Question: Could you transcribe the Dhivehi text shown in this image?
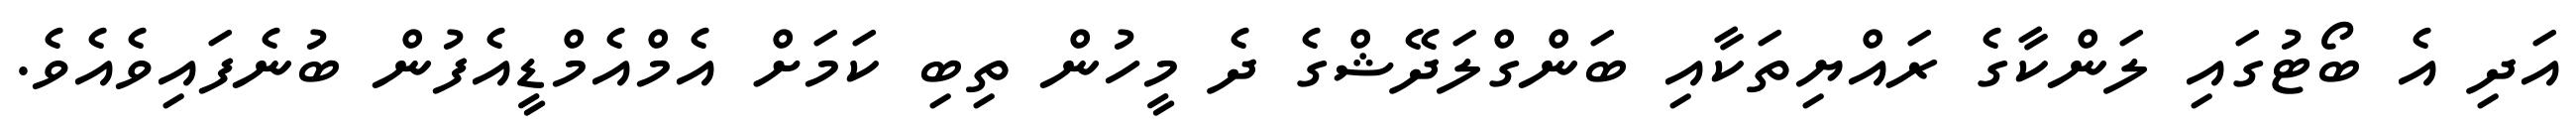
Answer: އަދި އެ ބޯޓުގައި ލަންކާގެ ރައްޔިތަކާއި ބަންގްލަދޭޝްގެ ދެ މީހުން ތިބި ކަމަށް އެމްއެމްޑީއެފުން ބުނެފައިވެއެވެ.